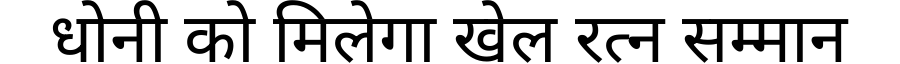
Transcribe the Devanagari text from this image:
धोनी को मिलेगा खेल रत्न सम्मान